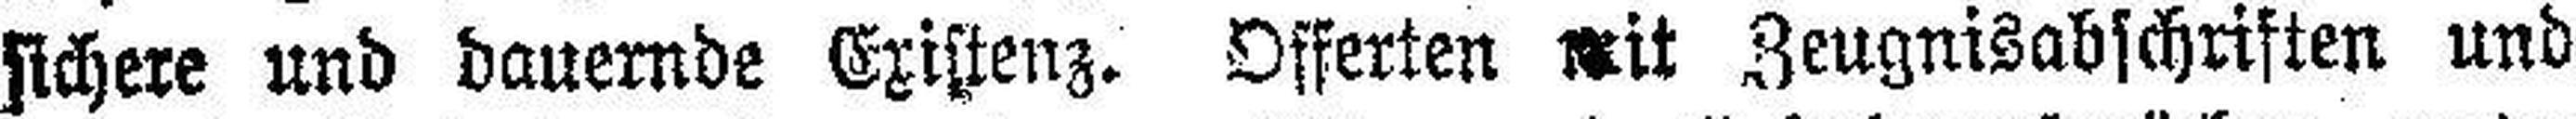
sichere und dauernde Existenz. Offerten mit Zeugnisabschriften und